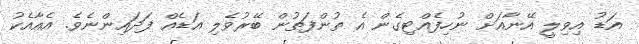
އަޑު އިވިލީ އޭނާއަށް ނުހިފެއްޓިގެން އެ ތުންފަތުން ބޭރުވެލި އަޑެއް ފަދައިންނެވެ. އެއާއެކު